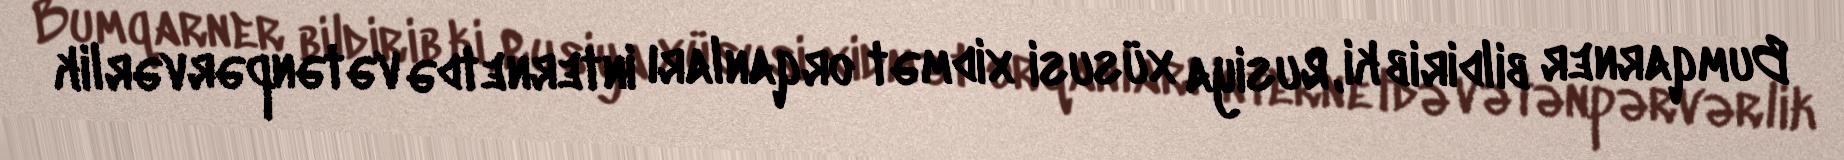
Bumqarner bildirib ki, Rusiya xüsusi xidmət orqanları internetdə vətənpərvərlik